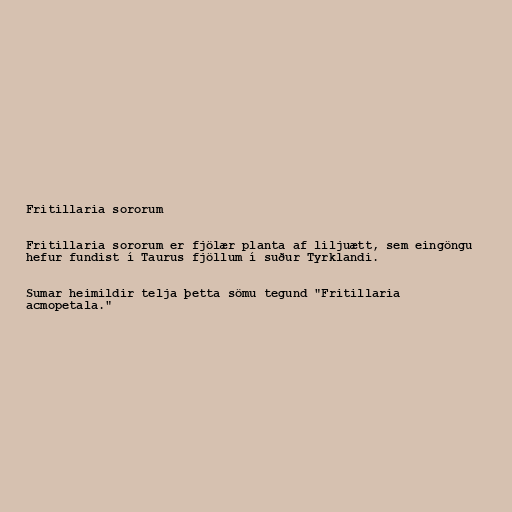
Fritillaria sororum

Fritillaria sororum er fjölær planta af liljuætt, sem eingöngu
hefur fundist í Taurus fjöllum í suður Tyrklandi.

Sumar heimildir telja þetta sömu tegund "Fritillaria
acmopetala."